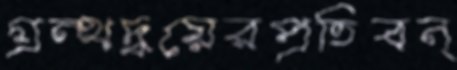
গ্রন্থদ্বয়েরপ্রতিবন্